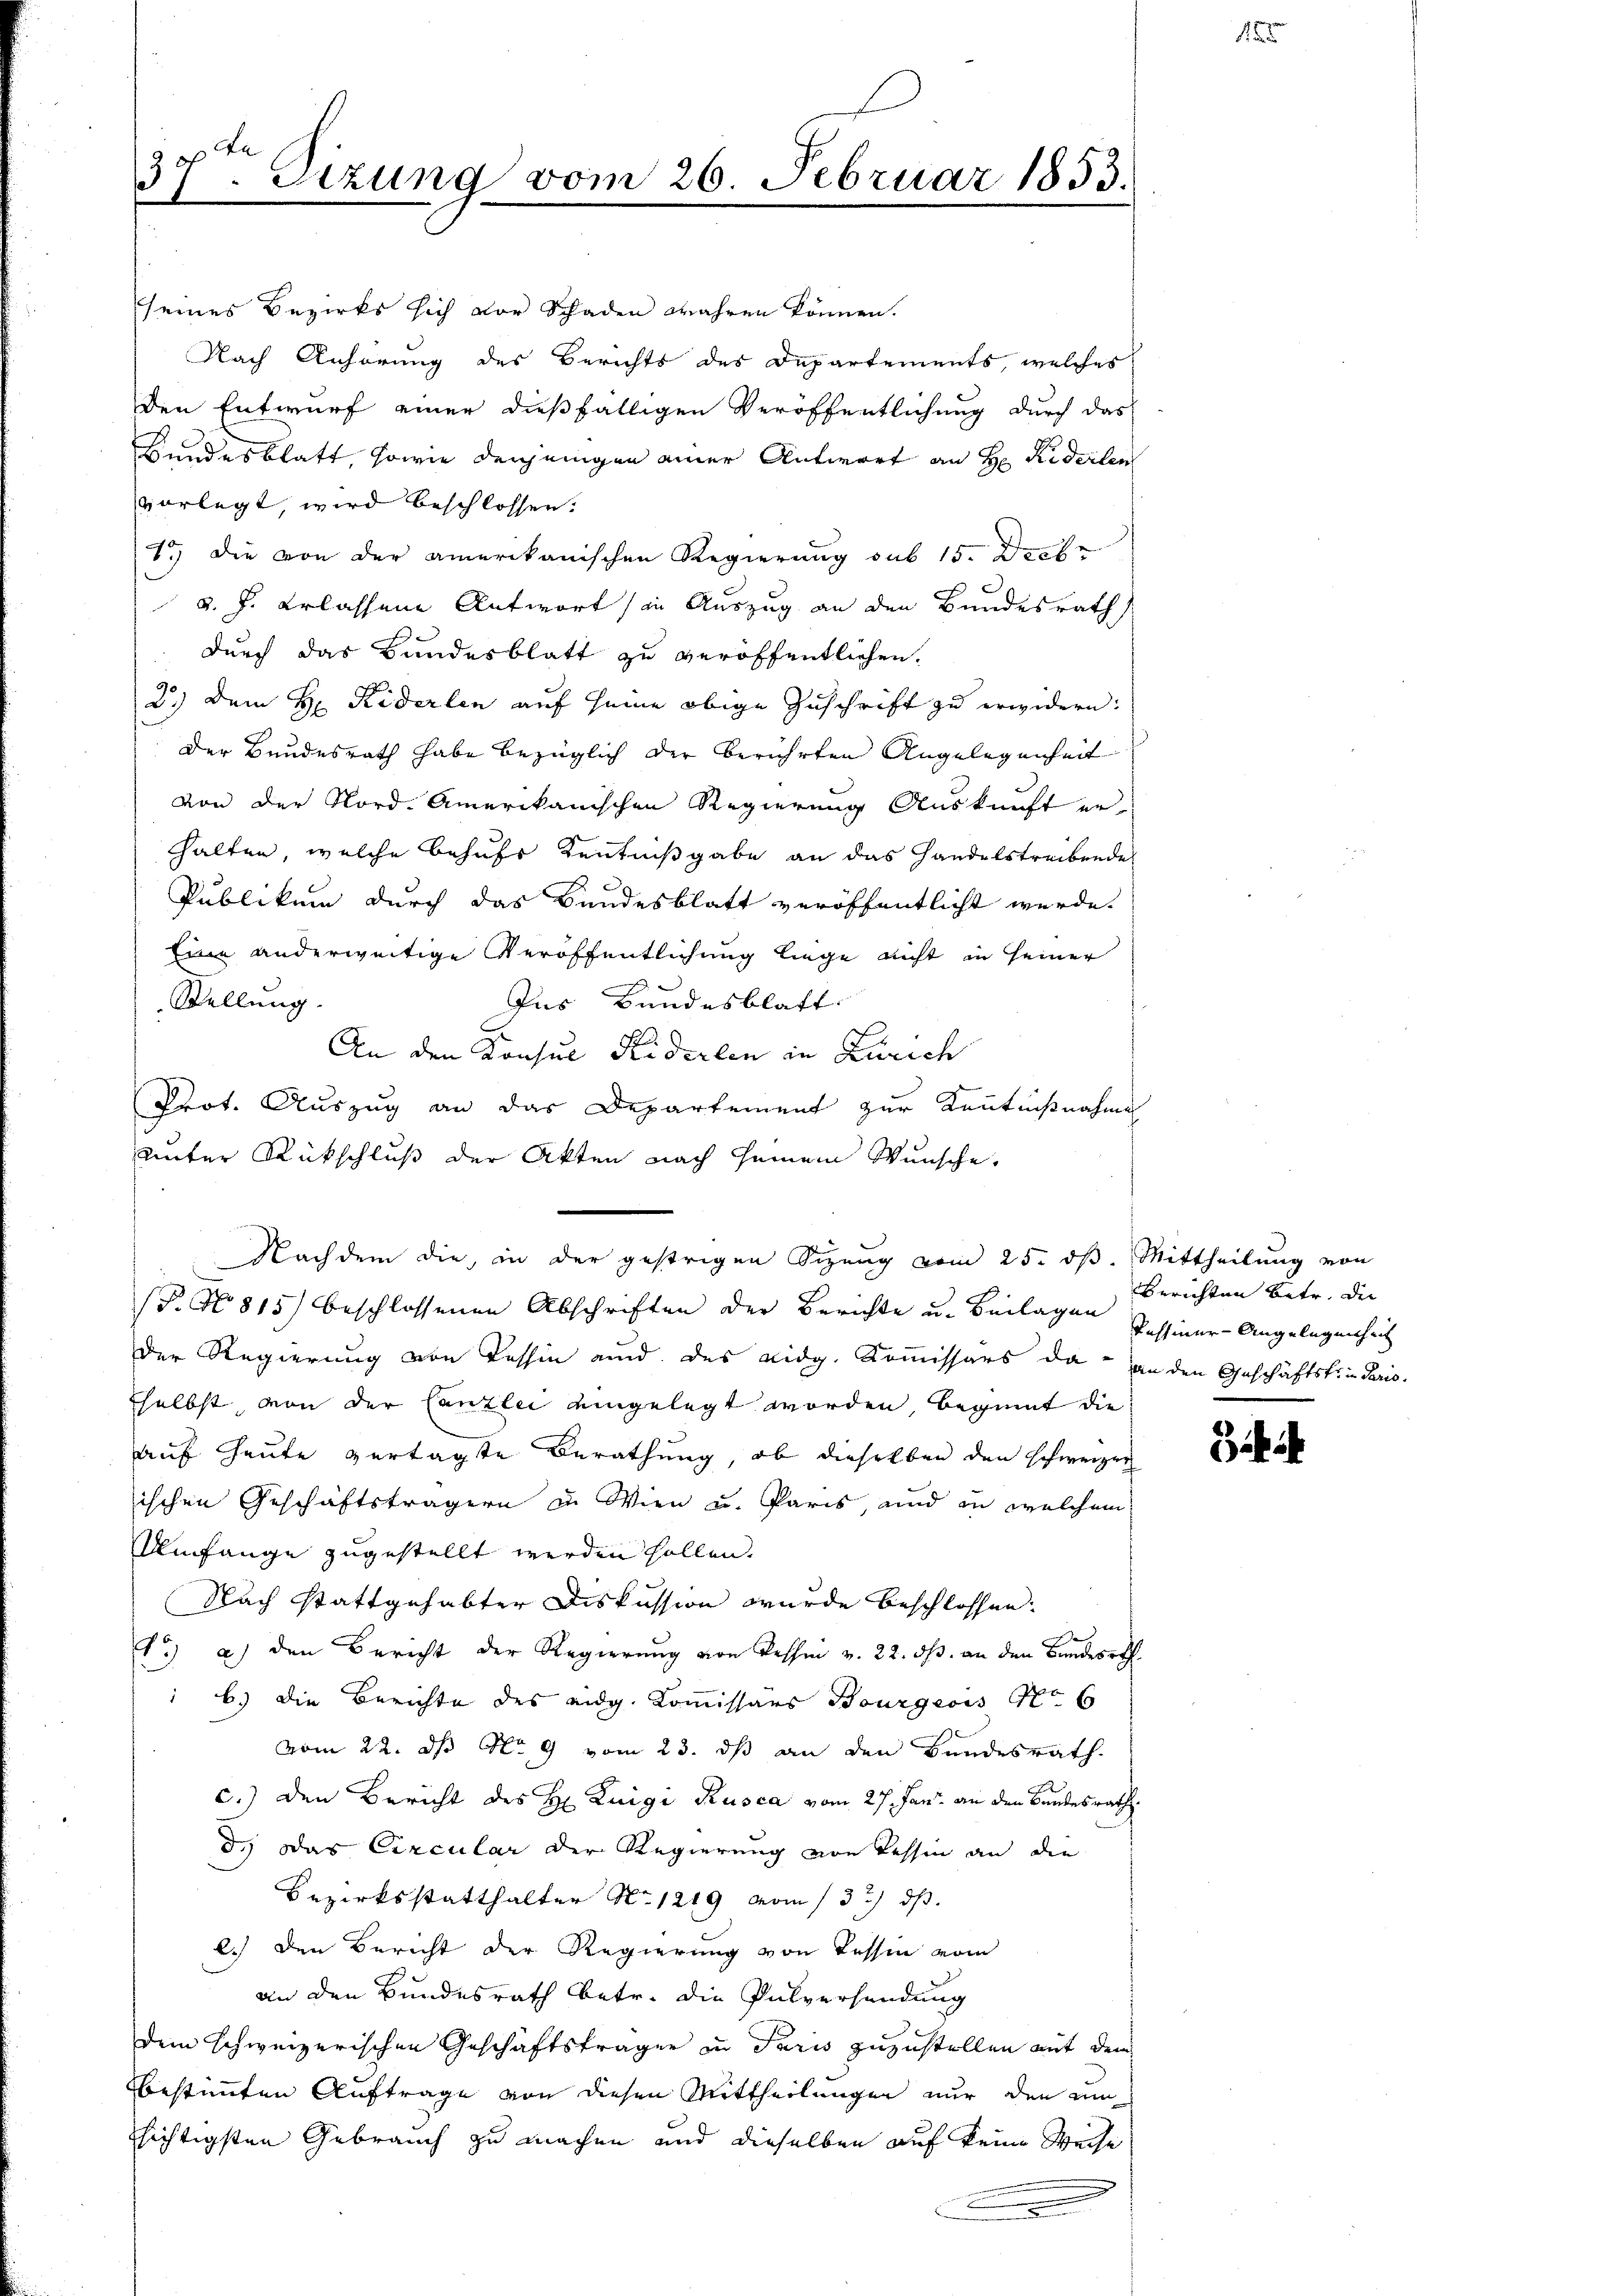
180 f
31. Dezung vom 26. Februar 1853.

seines Bezirks sich vor Schaden wahren können.
Nach Anhörung des Berichts des Departements, welches
den Entwurf einer dießfälligen Veröffentlichung durch das
Bandesblatt, sowie denjenigen einer Antwort an H. Riderlen
vorlegt, wird beschlossen:
1.) Die von der amerikanischen Regierung sub 15. Diebv. J. erlassene Antwort in Auszug an den Bundesrath
durch das Bundesblatt zu veröffentlichen.
2.) Dem H: Riderlen auf seine obige Zuschrift zu erwidern:
der Bundesrath habe bezüglich der berührten Angelegenheit
von der Nord-Amerikanischen Regierung Auskunft erhalten, welche behufs Kenntnißgabe an das Handelstreibende
Publikum durch das Bundesblatt veröffentlicht werde.
Eine anderweitige Veröffentlichung liege nicht in seiner
Stellung.
Ins Bundesblatt
2
An den Konsul Riderlen in Zürich
Prot. Auszug an das Departement zur Kenntnißnahme
unter Rückschluß der Akten nach seinein Wunsche.
Nachdem die, in der gestrigen Sizung vom 25. dß. Mittheilung von
(P. Nr. 815) beschlossenen Abschriften der Berichte u. Beilagen Pessiner-Angelegenheit
der Regierung von Tessin und des eidg. Kommissärs da an den Geschäftstrie Pario.
selbst, von der Canzlei eingelegt worden, beginnt die
auf Heute vertagte Berathung, ob dieselben den schweizer
ischen Geschäftsträgern in Wien u. Paris, und in welchem
Umfange zugestellt werden sollen.
Nach stattgehabter Diskussion wurde beschlossen:
) a) den Bericht der Regierung von Tessin v. 22. ds. an den Bundesrech
 b.) Die Berichte des eidg. Kommissars Bourgeois No 6
vom 22. ds Nr 9 vom 23. ds an den Bundesrath
c.) den Bericht des H. Luigi Rusca vom 27. Jan. an den Bundesrath
d.) Das Circular der Regierung von Tessin an die
Bezirksstatthalter No. 1219 vom 13. ds.
2.) Den Bericht der Regierung von Tessin vom
an den Bundesrath betr. die Pulversendung
dem schweizerischen Geschäftsfragen in Paris zuzustellen mit dem
bestimmten Auftrage von diesen Mittheilungen nur den um
hichtigsten Gebrauch zu machen und dieselben auf keine Weise

Berichten betr. die

3